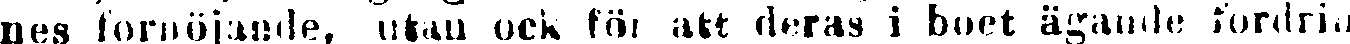
nes förnöjande, utan ock för att deras i boet ägande fördrin